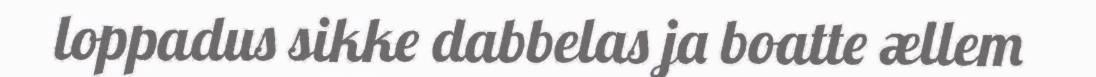
loppadus sikke dabbelas ja boatte ællem